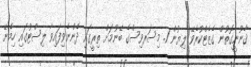
ޤާނޫނީގޮތުން ގެޒެޓްކުރެވޭ ލިޔުން 1. މިސަރވިސްގެ ބޭނުމަށް ތިރީގައި ދެންނެވިފައިވާ ލިސްޓުގައި ހިމެނޭ